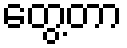
တွေ့တာ